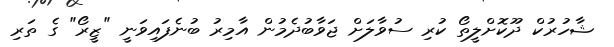
ޝާހުރުކް ދޫކޮށްލީތޯ ކުރި ސުވާލަށް ޖަވާބުދެމުން އާމިރު ބުނެފައިވަނީ "ޒީރޯ" ގެ ތަރި